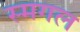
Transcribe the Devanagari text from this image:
स्मगल